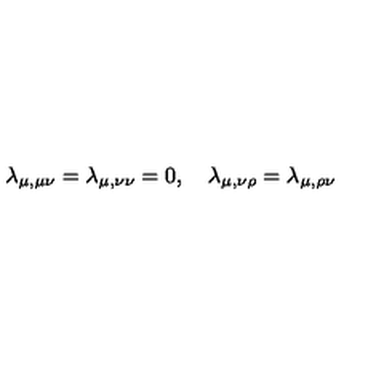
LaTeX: \lambda _ { \mu , \mu \nu } = \lambda _ { \mu , \nu \nu } = 0 , \quad \lambda _ { \mu , \nu \rho } = \lambda _ { \mu , \rho \nu }